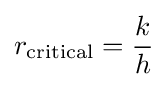
{r_{\text{critical}}}={k \over h}